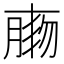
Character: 𦝸